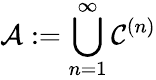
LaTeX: {\mathcal{A}}:=\bigcup_{n=1}^{\infty}{\mathcal{C}}^{(n)}